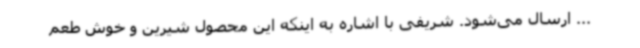
... ارسال می‌شود. شریفی با اشاره به اینکه این محصول شیرین و خوش طعم